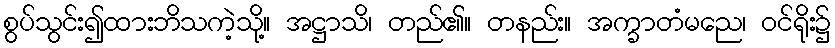
စွပ်သွင်း၍ထားဘိသကဲ့သို့။ အဋ္ဌာသိ၊ တည်၏။ တနည်း။ အက္ခာတံမညေ၊ ဝင်ရိုး၌